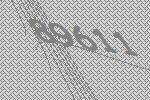
89611